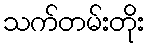
သက်တမ်းတိုး